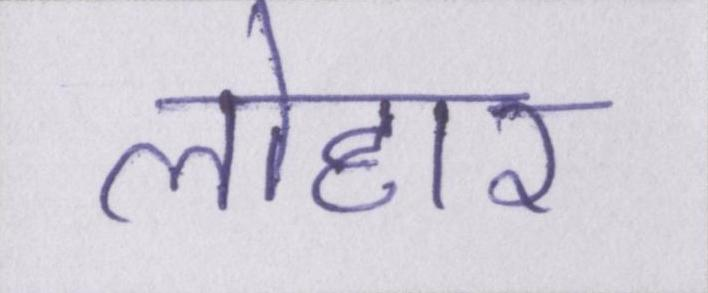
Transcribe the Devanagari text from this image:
लोहार